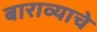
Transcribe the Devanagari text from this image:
बाराव्याचे